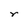
Character: r